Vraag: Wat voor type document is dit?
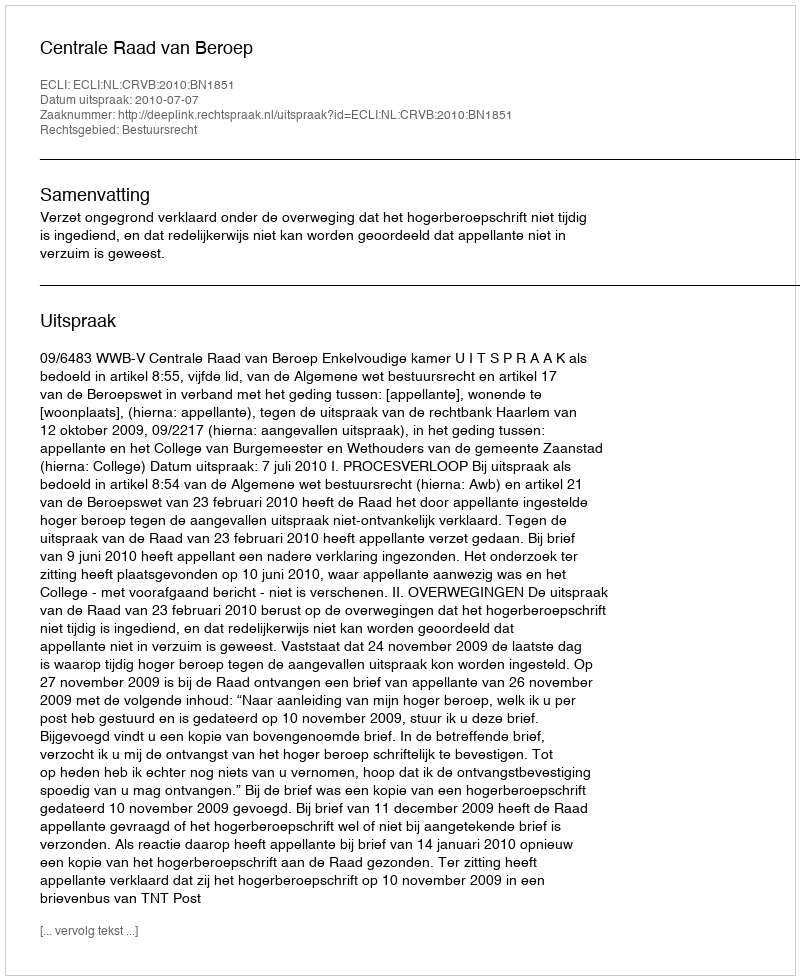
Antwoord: Uitspraak